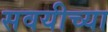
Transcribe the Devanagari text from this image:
सवयीच्या